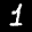
Label: 1